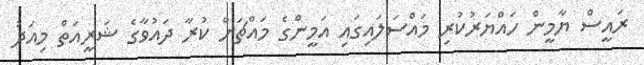
ރައީސް ޔާމީން ހައްޔަރުކުރި މައްސަލައިގައި އަމީންގެ މައްޗަށް ކުރާ ދައުވާގެ ޝަރީއަތް މިއަދު